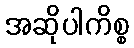
အဆိုပါကိစ္စ